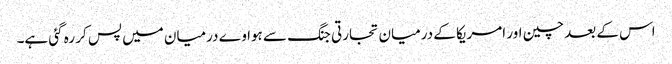
اس کے بعد چین اور امریکا کے درمیان تجارتی جنگ سے ہواوے درمیان میں پس کر رہ گئی ہے۔